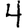
Digit: 4